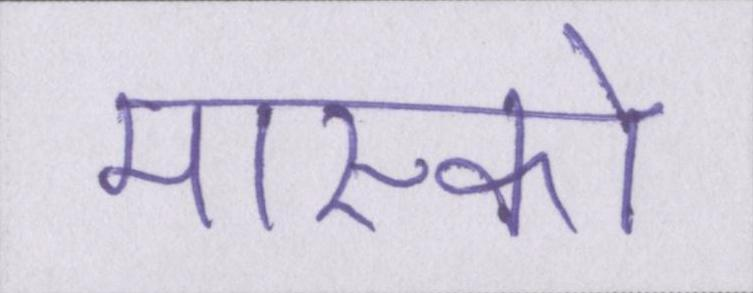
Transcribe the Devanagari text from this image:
मास्को